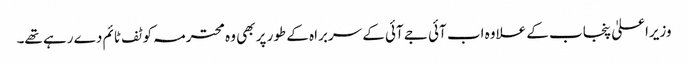
وزیراعلیٰ پنجاب کے علاوہ اب آئی جے آئی کے سربراہ کے طور پر بھی وہ محترمہ کو ٹف ٹائم دے رہے تھے۔